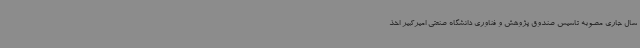
سال جاری مصوبه تاسیس صندوق پژوهش و فناوری دانشگاه صنعتی امیرکبیر اخذ